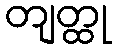
တျတ္ထု